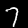
Label: 7